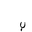
Letter: _ba